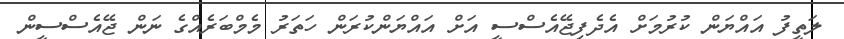
ލަތީފު އައްޔަން ކުރުމަށް އެދެފިޖޭއެސްސީ އަށް އައްޔަންކުރަން ހަތަރު މެމްބަރެއްގެ ނަން ޖޭއެސްސީން